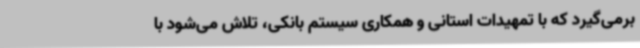
برمی‌گیرد که با تمهیدات استانی و همکاری سیستم بانکی، تلاش می‌شود با